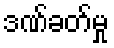
ဒဏ်ခတ်မှု